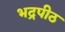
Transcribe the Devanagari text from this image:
भद्रपीठ